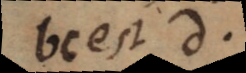
bc est d.